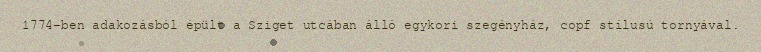
1774-ben adakozásból épült a Sziget utcában álló egykori szegényház, copf stílusú tornyával.